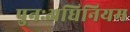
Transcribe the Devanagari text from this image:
पुनःअधिनियम